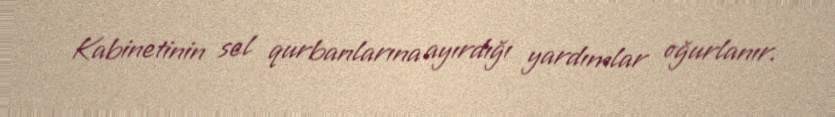
Kabinetinin sel qurbanlarına ayırdığı yardımlar oğurlanır.